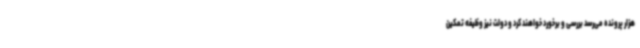
هزار پرونده می‌رسد بررسی و برخورد خواهند کرد و دولت نیز وظیفه تمکین